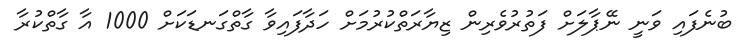
ބުނެފައި ވަނީ ނޭޕާލަށް ފަތުރުވެރިން ޒިޔާރަތްކުރުމަށް ހަދާފަައިވާ ގާތްގަނޑަކަށް 1000 އާ ގާތްކުރާ